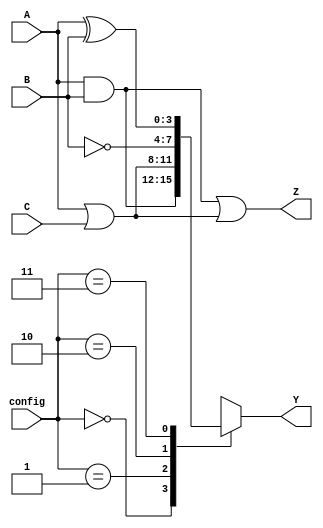
module CombinationalLogicBlock (
    input wire [3:0] A,      // 4-bit input A
    input wire [3:0] B,      // 4-bit input B
    input wire [3:0] C,      // 4-bit input C
    input wire [1:0] config, // Configuration control signals
    output wire [3:0] Y,     // 4-bit output Y
    output wire [3:0] Z      // 4-bit output Z
);
    // Intermediate signals
    wire [3:0] lut_out;       // Output from the LUT
    wire [3:0] and_out;       // Output from AND gate
    wire [3:0] or_out;        // Output from OR gate
    wire [3:0] not_out;       // Output from NOT gate

    // Combinational Logic Functions
    assign and_out = A & B;   // AND operation
    assign or_out = A | C;    // OR operation
    assign not_out = ~B;      // NOT operation

    // LUT configuration based on control signals
    always @(*) begin
        case (config)
            2'b00: lut_out = and_out;  // Select AND output
            2'b01: lut_out = or_out;   // Select OR output
            2'b10: lut_out = not_out;  // Select NOT output
            2'b11: lut_out = A ^ B;    // Select XOR output
            default: lut_out = 4'b0000; // Default to zero
        endcase
    end

    // Assign outputs
    assign Y = lut_out;         // Output Y from LUT
    assign Z = and_out | or_out; // Output Z as combination of AND and OR

endmodule